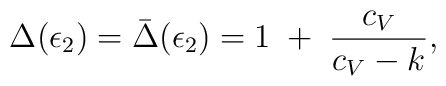
\Delta(\epsilon_2)=\bar\Delta(\epsilon_2)=1\;+\;{c_V\over c_V-k},